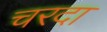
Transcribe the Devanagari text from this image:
चरदा